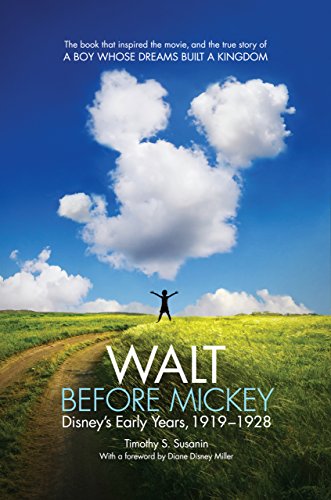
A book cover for Walt before Mickey: Disney's Early Years, 1919-1928; Timothy S. Susanin; Humor & Entertainment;